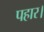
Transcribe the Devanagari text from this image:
पहार।